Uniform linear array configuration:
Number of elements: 16
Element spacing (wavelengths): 0.25
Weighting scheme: uniform
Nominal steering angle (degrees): -15
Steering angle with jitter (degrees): -15.754
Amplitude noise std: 0.05
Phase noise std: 0.05

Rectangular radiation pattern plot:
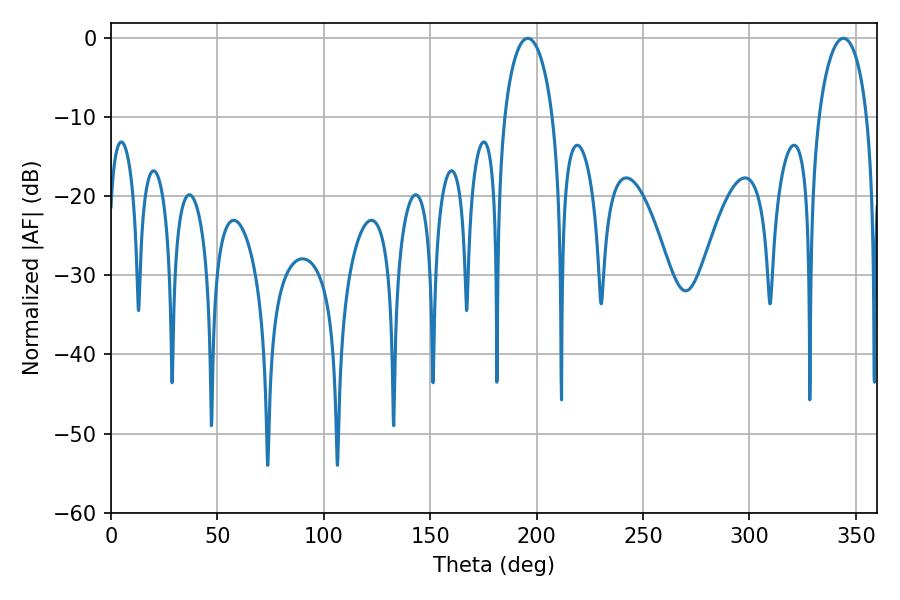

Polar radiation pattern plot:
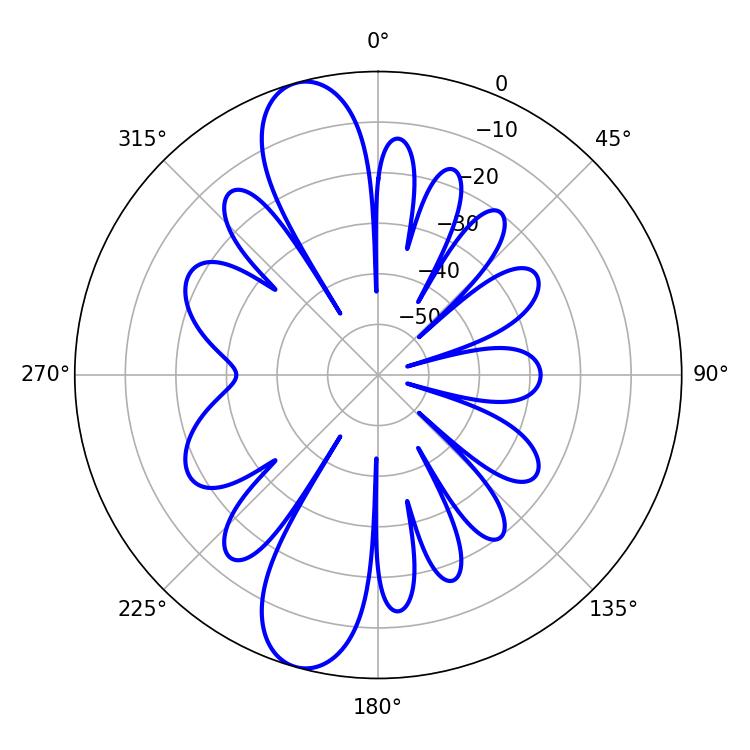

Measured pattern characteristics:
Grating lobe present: FALSE
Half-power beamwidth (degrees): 13.14
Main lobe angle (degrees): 195.84